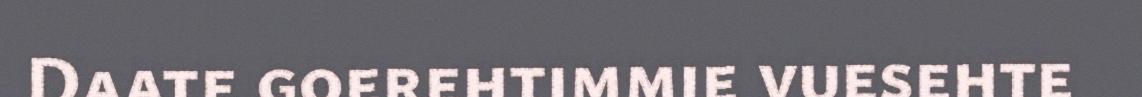
Daate goerehtimmie vuesehte